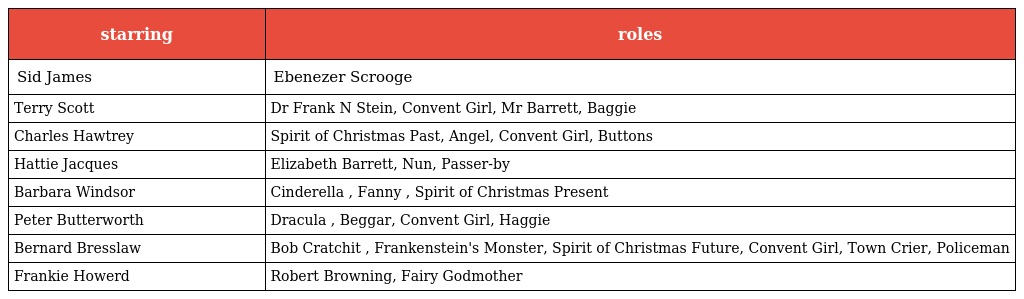
| starring | roles |
 | --- | --- |
 | Sid James | Ebenezer Scrooge |
 | Terry Scott | Dr Frank N Stein, Convent Girl, Mr Barrett, Baggie |
 | Charles Hawtrey | Spirit of Christmas Past, Angel, Convent Girl, Buttons |
 | Hattie Jacques | Elizabeth Barrett, Nun, Passer-by |
 | Barbara Windsor | Cinderella , Fanny , Spirit of Christmas Present |
 | Peter Butterworth | Dracula , Beggar, Convent Girl, Haggie |
 | Bernard Bresslaw | Bob Cratchit , Frankenstein's Monster, Spirit of Christmas Future, Convent Girl, Town Crier, Policeman |
 | Frankie Howerd | Robert Browning, Fairy Godmother |